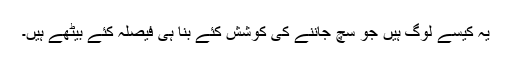
یہ کیسے لوگ ہیں جو سچ جاننے کی کوشش کئے بنا ہی فیصلہ کئے بیٹھے ہیں۔